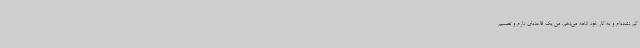
گم نشده‌ام و به کار خود ادامه می‌دهم. من یک قاعده‌ای دارم و تصمیم